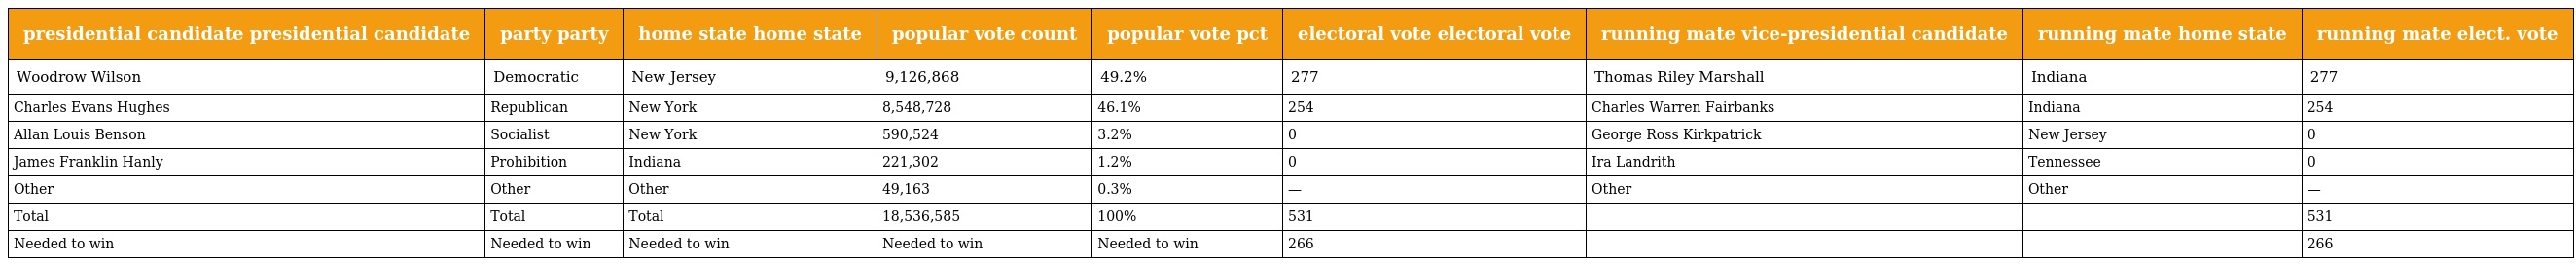
| presidential candidate presidential candidate | party party | home state home state | popular vote count | popular vote pct | electoral vote electoral vote | running mate vice-presidential candidate | running mate home state | running mate elect. vote |
 | --- | --- | --- | --- | --- | --- | --- | --- | --- |
 | Woodrow Wilson | Democratic | New Jersey | 9,126,868 | 49.2% | 277 | Thomas Riley Marshall | Indiana | 277 |
 | Charles Evans Hughes | Republican | New York | 8,548,728 | 46.1% | 254 | Charles Warren Fairbanks | Indiana | 254 |
 | Allan Louis Benson | Socialist | New York | 590,524 | 3.2% | 0 | George Ross Kirkpatrick | New Jersey | 0 |
 | James Franklin Hanly | Prohibition | Indiana | 221,302 | 1.2% | 0 | Ira Landrith | Tennessee | 0 |
 | Other | Other | Other | 49,163 | 0.3% | — | Other | Other | — |
 | Total | Total | Total | 18,536,585 | 100% | 531 |  |  | 531 |
 | Needed to win | Needed to win | Needed to win | Needed to win | Needed to win | 266 |  |  | 266 |